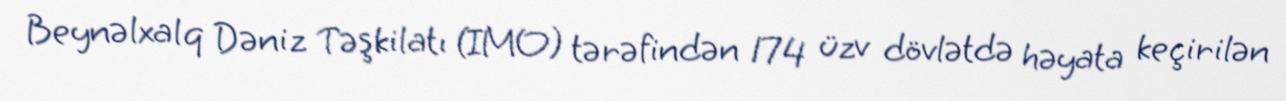
Beynəlxalq Dəniz Təşkilatı (IMO) tərəfindən 174 üzv dövlətdə həyata keçirilən